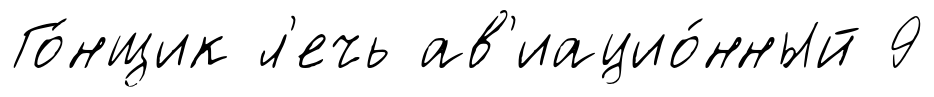
Го́нщик л'ечь ав'иацио́нный 9